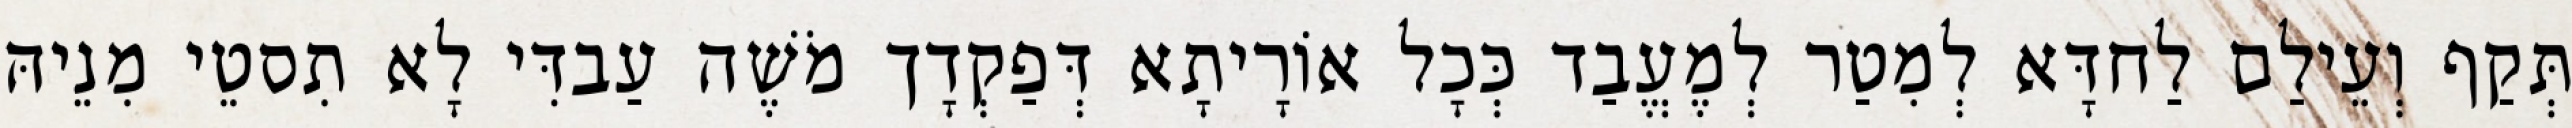
תְּקַף וְעֵילַם לַחדָּא לְמִטַר לְמֶעֱבַד כְּכָל אוֹרָיתָא דְּפַקְדָך מֹשֶׁה עַבדִּי לָא תִסטֵי מִנֵיהּ